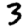
Digit: 3